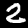
Digit: 2